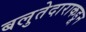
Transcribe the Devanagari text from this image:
बलुतेदाराकडून